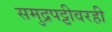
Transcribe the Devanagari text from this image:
समुद्रपट्टीवरही